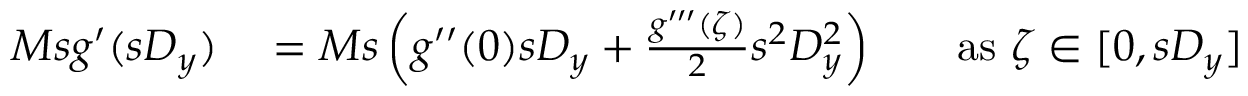
\begin{array} { r l r l } { M s g ^ { \prime } ( s D _ { y } ) } & { { } = M s \left( g ^ { \prime \prime } ( 0 ) s D _ { y } + { \frac { g ^ { \prime \prime \prime } ( \zeta ) } { 2 } } s ^ { 2 } D _ { y } ^ { 2 } \right) } & { } & { { } { \mathrm { a s ~ } } \zeta \in [ 0 , s D _ { y } ] } \end{array}